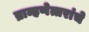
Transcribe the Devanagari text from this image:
ब्राम्हणेत्तरांचे